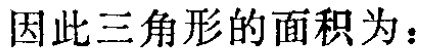
因此三角形的面积为：